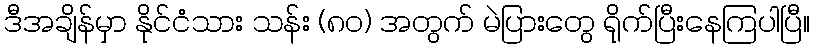
ဒီအချိန်မှာ နိုင်ငံသား သန်း (၈ဝ) အတွက် မဲပြားတွေ ရိုက်ပြီးနေကြပါပြီ။